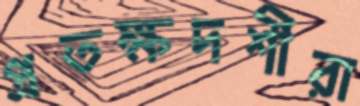
প্রতক্ষদর্শীরা